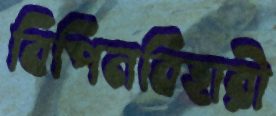
বিপিনবিহারী